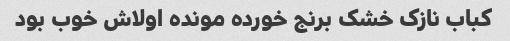
کباب نازک خشک برنج خورده مونده اولاش خوب بود